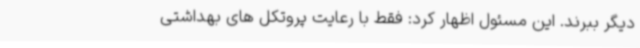
دیگر ببرند. این مسئول اظهار کرد: فقط با رعایت پروتکل های بهداشتی